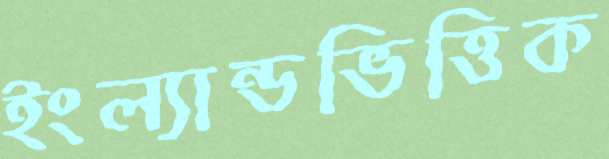
ইংল্যান্ডভিত্তিক